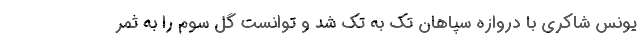
یونس شاکری با دروازه سپاهان تک به تک شد و توانست گل سوم را به ثمر